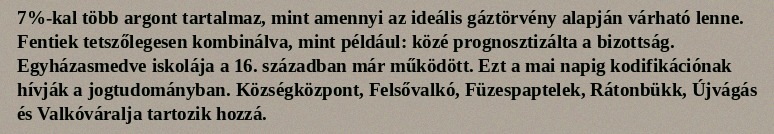
7%-kal több argont tartalmaz, mint amennyi az ideális gáztörvény alapján várható lenne. Fentiek tetszőlegesen kombinálva, mint például: közé prognosztizálta a bizottság. Egyházasmedve iskolája a 16. században már működött. Ezt a mai napig kodifikációnak hívják a jogtudományban. Községközpont, Felsővalkó, Füzespaptelek, Rátonbükk, Újvágás és Valkóváralja tartozik hozzá.